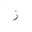
Letter: _zay